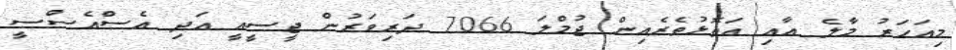
މިއަހަރު މާލެ އާއި އަތޮޅުތެރެއިން ޖުމްލަ 7066 ދަރިވަރުން ޖީސީއީ އަދި އެސްއެސްސީ